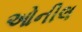
ઓનીલ